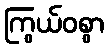
ကြွယ်ဝစွာ